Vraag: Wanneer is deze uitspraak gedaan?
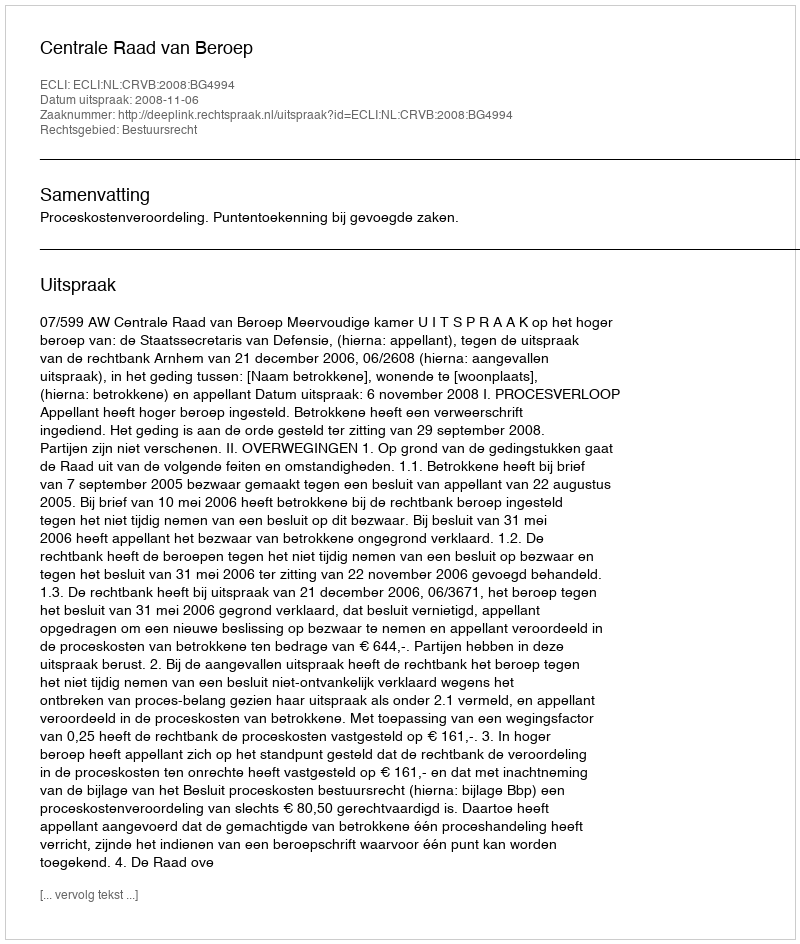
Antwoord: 2008-11-06